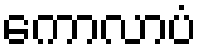
ကောလာပံ